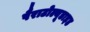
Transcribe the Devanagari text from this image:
पैराटोल्यूडाइड